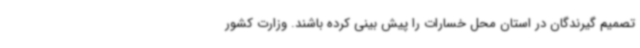
تصمیم گیرندگان در استان محل خسارات را پیش بینی کرده باشند. وزارت کشور